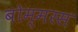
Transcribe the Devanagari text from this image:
बोम्मरस